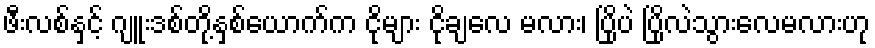
ဖီးလစ်နှင့် ဂျူးဒစ်တို့နှစ်ယောက်က ငိုများ ငိုချလေ မလား၊ ပြိုပဲ ပြိုလဲသွားလေမလားဟု